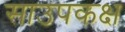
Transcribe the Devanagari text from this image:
साउपकक्ष